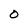
Character: O